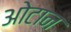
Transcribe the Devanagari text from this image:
ओटान